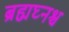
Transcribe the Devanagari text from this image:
ब्रह्मघ्नश्च